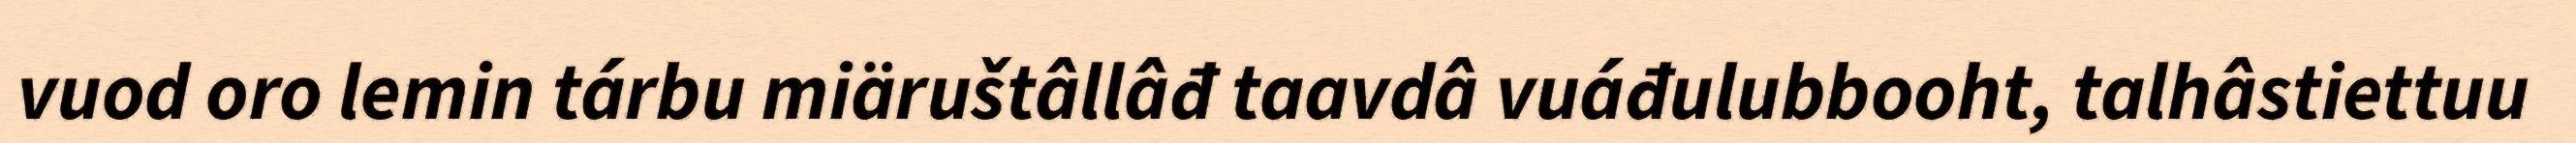
vuod oro lemin tárbu miäruštâllâđ taavdâ vuáđulubbooht, talhâstiettuu